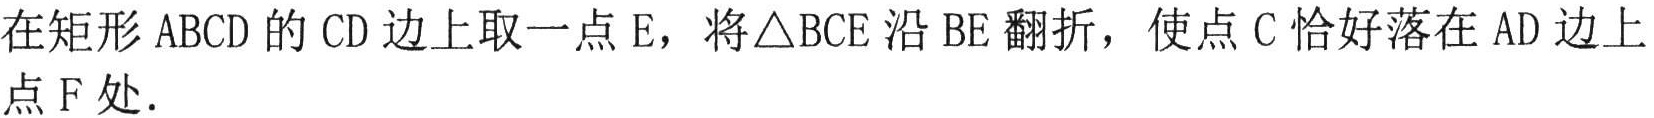
在矩形 \(ABCD\) 的 \(CD\) 边上取一点 \(E\)，将\(\triangle BCE\) 沿 \(BE\) 翻折，使点 \(C\) 恰好落在 \(AD\) 边上点 \(F\) 处．